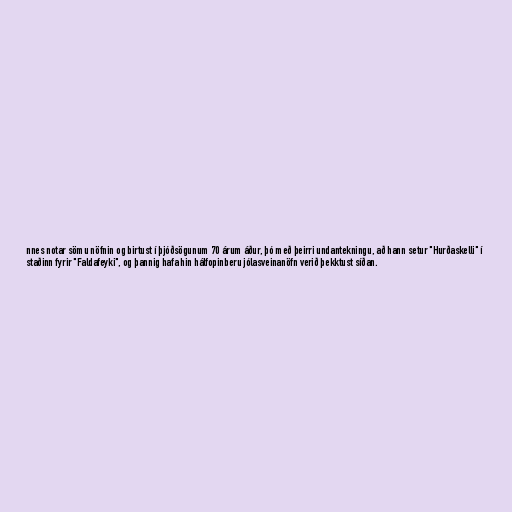
nnes notar sömu nöfnin og birtust í þjóðsögunum 70 árum áður, þó með þeirri undantekningu, að hann setur "Hurðaskelli" í
staðinn fyrir "Faldafeyki", og þannig hafa hin hálfopinberu jólasveinanöfn verið þekktust síðan.